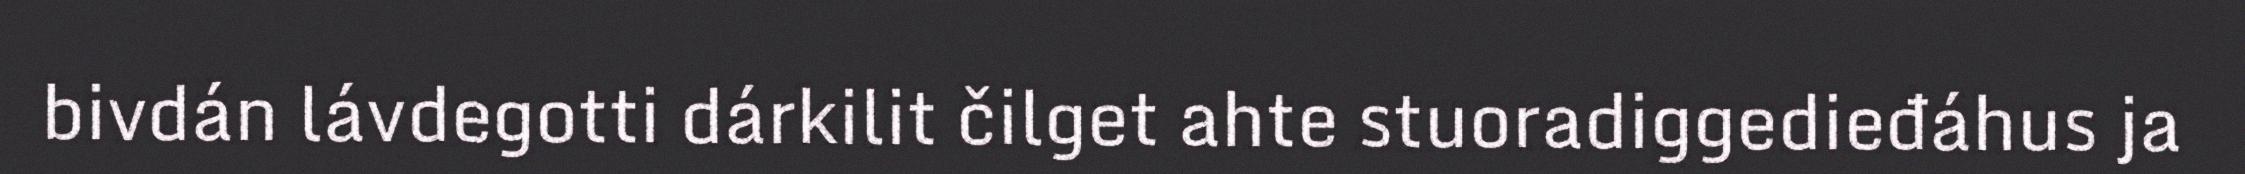
bivdán lávdegotti dárkilit čilget ahte stuoradiggedieđáhus ja